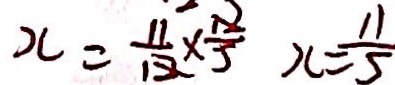
x = \frac { 1 1 } { 1 2 } \times \frac { 1 2 } { 5 } x = \frac { 1 1 } { 5 }